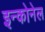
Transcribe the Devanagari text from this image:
इन्कोनेल